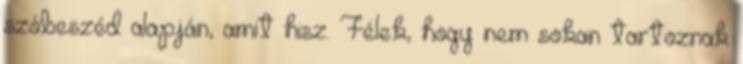
szóbeszéd alapján, amit hisz. Félek, hogy nem sokan tartoznak